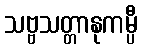
သဗ္ဗသတ္တာနုကမ္ပီ